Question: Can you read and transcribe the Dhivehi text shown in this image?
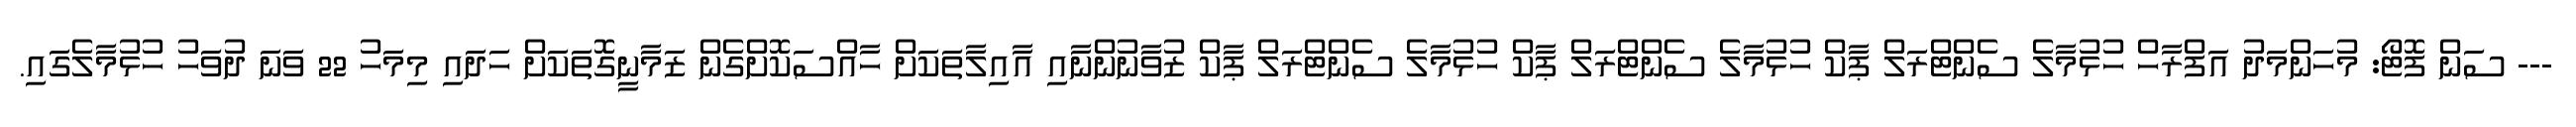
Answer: --- ސަން ފޮޓޯ: މުހަންމަދު އަފްރާހް ހުޅުމާލެ ސެންޓްރަލް ޕާކް ހުޅުމާލެ ސެންޓްރަލް ޕާކް ހުޅުމާލެ ސެންޓްރަލް ޕާކް ޒުވާނުންނާއި އާއިލާތަކަށް ހާއްސަކޮށްގެން ޒަމާނީގޮތަކަށް ހަދައި މިމަހު 22 ވަނަ ދުވަހު ހުޅުމާލެގައި.